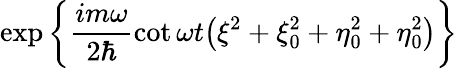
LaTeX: \exp\left\{ \frac{im\omega}{2\hbar}\cot\omega t\bigl(\xi^{2}+\xi_{0}^{2}+\eta_{0}^{2}+\eta_{0}^{2}\bigr)\right\}